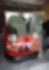
স